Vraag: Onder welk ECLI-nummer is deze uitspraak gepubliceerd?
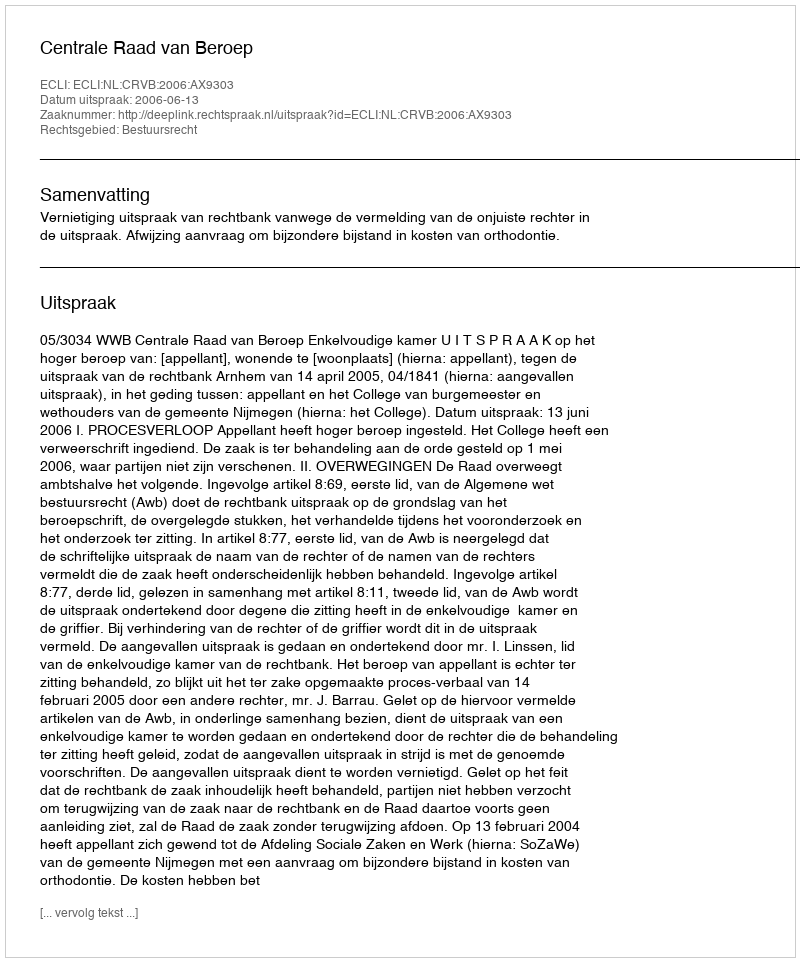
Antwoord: ECLI:NL:CRVB:2006:AX9303